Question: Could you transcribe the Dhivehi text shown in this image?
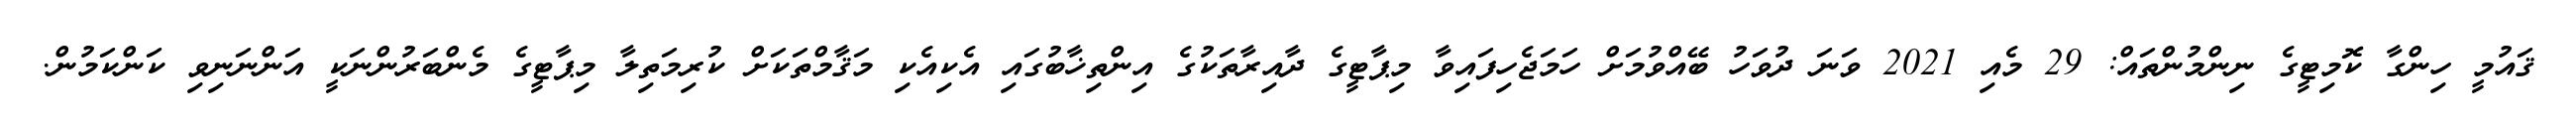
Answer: ޤައުމީ ހިންގާ ކޮމިޓީގެ ނިންމުންތައް: 29 މެއި 2021 ވަނަ ދުވަހު ބޭއްވުމަށް ހަމަޖެހިފައިވާ މިޕާޓީގެ ދާއިރާތަކުގެ އިންތިޚާބުގައި އެކިއެކި މަޤާމްތަކަށް ކުރިމަތިލާ މިޕާޓީގެ މެންބަރުންނަކީ އަންނަނިވި ކަންކަމުން.